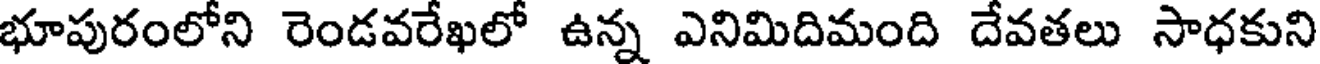
భూపురంలోని రెండవరేఖలో ఉన్న ఎనిమిదిమంది దేవతలు సాధకుని